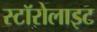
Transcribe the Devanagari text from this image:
स्टॉरोलाइट